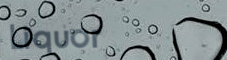
Liquor